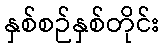
နှစ်စဉ်နှစ်တိုင်း